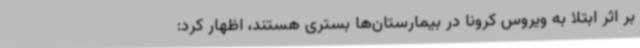
بر اثر ابتلا به ویروس کرونا در بیمارستان‌ها بستری هستند، اظهار کرد: